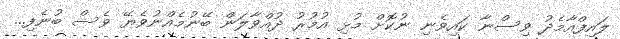
ލައިފްއާމެދު ވިސްނާ ކައިވެނި ނުކޮށް މުޅި އުމުރު ދުއްވާލަން ބޭނުމެއްނުވެޔޭ ވެސް ބުނެފި...